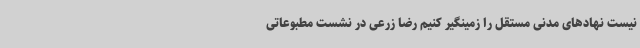
نیست نهادهای مدنی مستقل را زمینگیر کنیم رضا زرعی در نشست مطبوعاتی